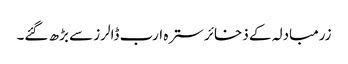
زرمبادلہ کے ذخائر سترہ ارب ڈالرز سے بڑھ گئے۔